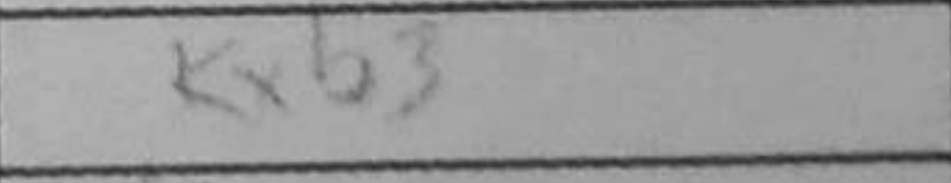
Transcription: Kxb3